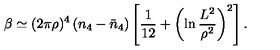
\beta \simeq ( 2 \pi \rho ) ^ { 4 } \left( n _ { 4 } - \bar { n } _ { 4 } \right) \left[ \frac { 1 } { 1 2 } + \left( \ln \frac { L ^ { 2 } } { \rho ^ { 2 } } \right) ^ { 2 } \right] .